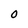
Character: 0